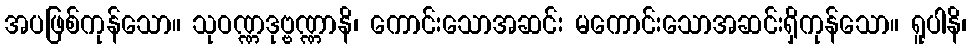
အပဖြစ်ကုန်သော။ သုဝဏ္ဏဒုဗ္ဗဏ္ဏာနိ၊ ကောင်းသောအဆင်း မကောင်းသောအဆင်းရှိကုန်သော။ ရူပါနိ၊